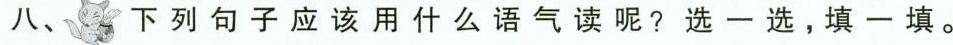
八、下列句子应该用什么语气读呢？选一选，填一填。